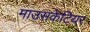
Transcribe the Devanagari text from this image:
माउसकेटियर